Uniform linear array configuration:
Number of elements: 64
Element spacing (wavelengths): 1
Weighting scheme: uniform
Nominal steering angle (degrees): -30
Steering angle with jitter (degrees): -28.46
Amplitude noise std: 0.05
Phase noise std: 0.05

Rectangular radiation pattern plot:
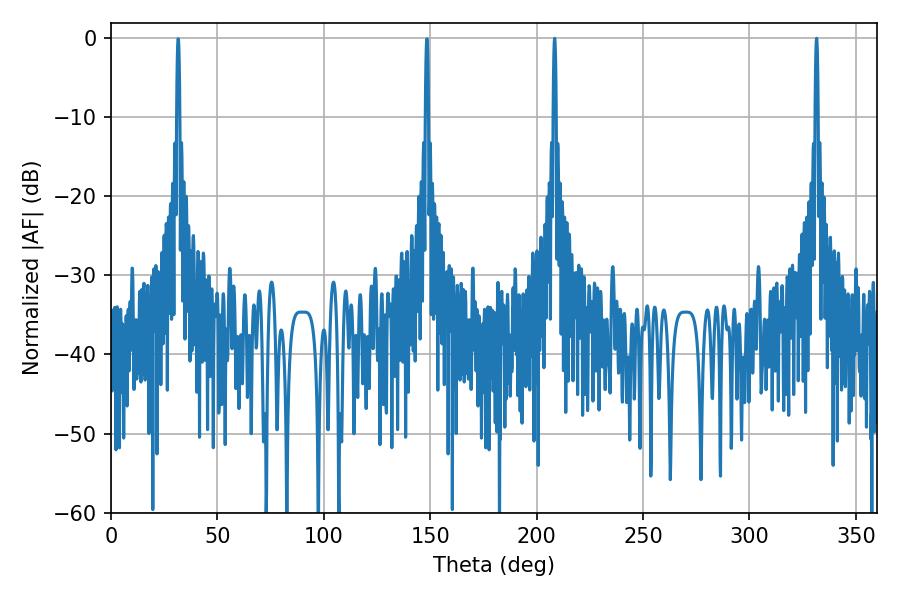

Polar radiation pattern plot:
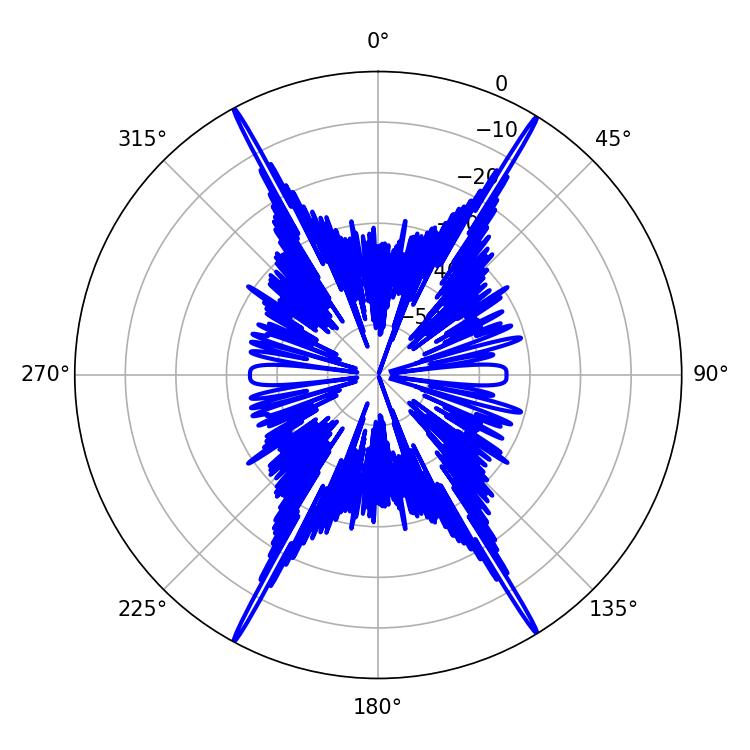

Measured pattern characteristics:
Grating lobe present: TRUE
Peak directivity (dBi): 29.439
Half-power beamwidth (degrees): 0.72
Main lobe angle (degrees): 208.44